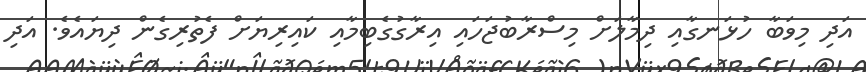
އަދި މިވަބާ ހުޅަނގާއި ދިމާލަށް މިސްރާބުޖަހައި އިރާގުގެބިމާއި ކައިރިޔަށް ފެތުރިގެން ދިޔައެވެ. އަދި